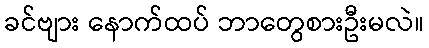
ခင်ဗျား နောက်ထပ် ဘာတွေစားဦးမလဲ။